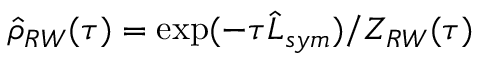
\hat { \rho } _ { R W } ( \tau ) = \exp ( - \tau \hat { L } _ { s y m } ) / Z _ { R W } ( \tau )